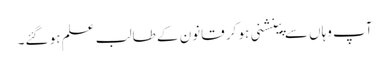
آپ وہاں سے پینشنی ہو کر قانون کے طالبِ علم ہو گئے۔